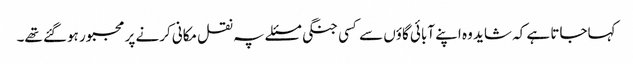
کہاجاتا ہے کہ شاید وہ اپنے آبائی گاؤں سے کسی جنگی مسئلے پہ نقل مکانی کرنے پر مجبور ہوگئے تھے۔